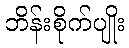
ဘိန်းစိုက်ပျိုး